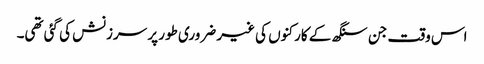
اس وقت جن سنگھ کے کارکنوں کی غیر ضروری طور پر سرزنش کی گئی تھی۔